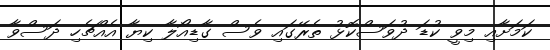
ކަމަށާއި މިވީ ކުޑަ ދުވަސްކޮޅު ތެރޭގައި ވެސް ގާޑިއޯލާ ކިޔާ އެއްޗެހި ދަސްވާ